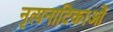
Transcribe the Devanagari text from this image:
नृत्यनाटिकाओं